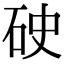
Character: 𥑏